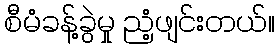
စီမံခန့်ခွဲမှု ညံ့ဖျင်းတယ်။